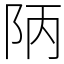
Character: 陃